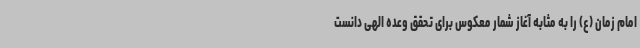
امام زمان (ع) را به مثابه آغاز شمار معکوس برای تحقق وعده الهی دانست